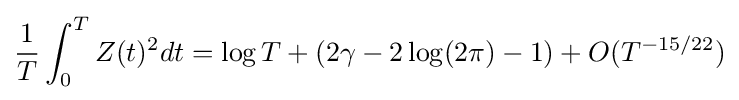
{\frac {1}{T}}\int _{0}^{T}Z(t)^{2}dt=\log T+(2\gamma -2\log(2\pi )-1)+O(T^{-15/22})